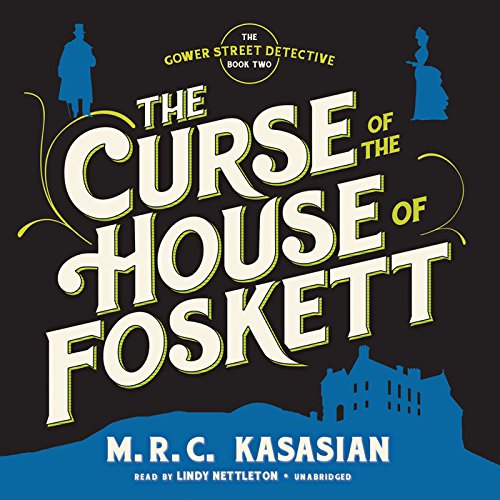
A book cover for The Curse of the House of Foskett (Gower Street Detective series, Book 2); M. R. C. Kasasian; Mystery, Thriller & Suspense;